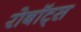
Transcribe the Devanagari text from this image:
रोबॉट्स